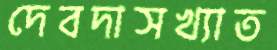
দেবদাসখ্যাত